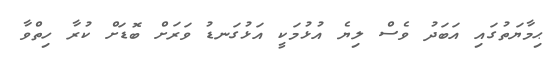
ޙިމާޔަތުގައި އަބަދު ވެސް ލިޔެ އުޅުމަކީ އަޅުގަނޑު ވަރަށް ބޮޑަށް ކުރާ ހިތްވާ